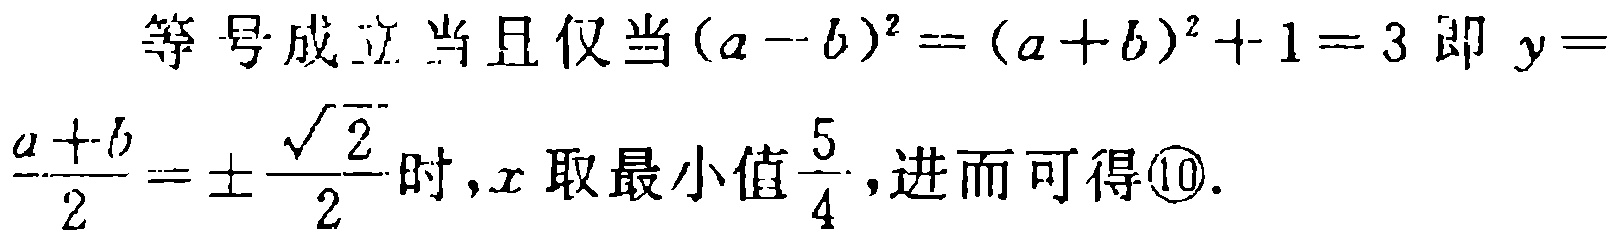
等号成立当且仅当\((a - b)^2 = (a + b)^2 + 1 = 3\)即\(y = \frac{a + b}{2} = \pm\frac{\sqrt{2}}{2}\)时，\(x\)取最小值\(\frac{5}{4}\)，进而可得\textcircled{10}.